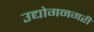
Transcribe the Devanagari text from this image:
उद्योगनगरी